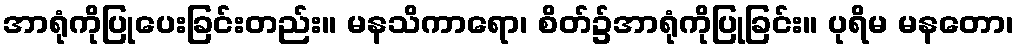
အာရုံကိုပြုပေးခြင်းတည်း။ မနသိကာရော၊ စိတ်၌အာရုံကိုပြုခြင်း။ ပုရိမ မနတော၊